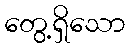
တွေ့ရှိသော